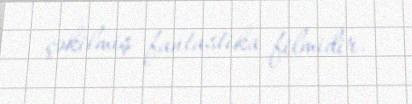
çəkilmiş fantastika filmidir.